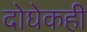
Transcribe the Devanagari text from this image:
दोघेकही